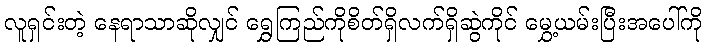
လူရှင်းတဲ့ နေရာသာဆိုလျှင် ရွှေကြည်ကိုစိတ်ရှိလက်ရှိဆွဲကိုင် မွှေ့ယမ်းပြီးအပေါ်ကို